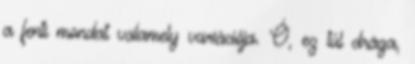
a fenti mondat valamely variációja. Ó, ez túl drága,